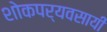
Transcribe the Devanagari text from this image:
शोकपर्यवसायी